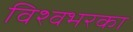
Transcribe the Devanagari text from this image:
विश्वभरका